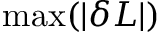
\operatorname* { m a x } ( | \delta L | )